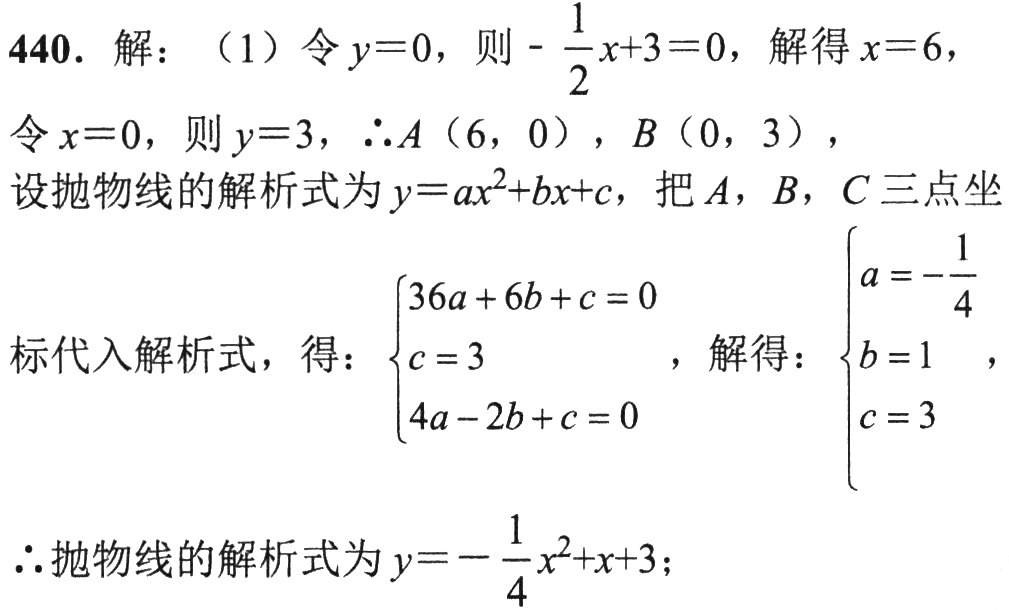
440. 解：（1）令\(y = 0\)，则\(-\frac{1}{2}x + 3 = 0\)，解得\(x = 6\)，
令\(x = 0\)，则\(y = 3\)，\(\therefore A(6,0)\)，\(B(0,3)\)，
设抛物线的解析式为\(y = ax^{2}+bx + c\)，把\(A\)，\(B\)，\(C\)三点坐
标代入解析式，得：\(\begin{cases}36a + 6b + c = 0\\c = 3\\4a - 2b + c = 0\end{cases}\)，解得：\(\begin{cases}a = -\frac{1}{4}\\b = 1\\c = 3\end{cases}\)，
\(\therefore\)抛物线的解析式为\(y = -\frac{1}{4}x^{2}+x + 3\)；